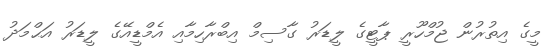
މީގެ އިތުރުން ޖުމްހޫރީ ޕާޓީގެ ލީޑަރު ގާސިމް އިބްރާހިމާއި އެމްޑީއޭގެ ލީޑަރު އަޙްމަދު